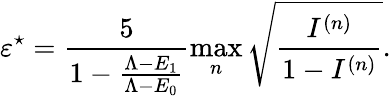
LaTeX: \varepsilon^{\star}=\frac{5}{1-\frac{\Lambda-E_{1}}{\Lambda-E_{0}}}\operatorname*{max}_{n}\sqrt{\frac{I^{(n)}}{1-I^{(n)}}}.